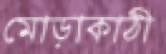
মোড়াকাঠী